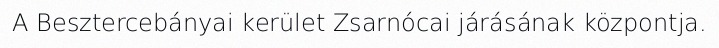
A Besztercebányai kerület Zsarnócai járásának központja.